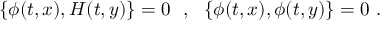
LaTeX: \{ \phi ( t , x ) , { \cal H } ( t , y ) \} = 0 \ \ , \ \ \{ \phi ( t , x ) , \phi ( t , y ) \} = 0 \ .